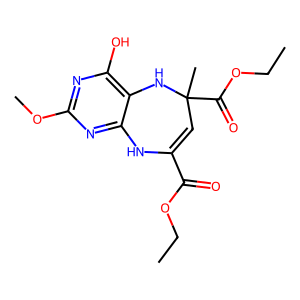
SMILES: CCOC(=O)C1=CC(C)(C(=O)OCC)Nc2c(O)nc(OC)nc2N1
Inhibits HIV replication: No